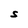
Character: S